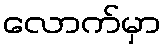
လောက်မှာ